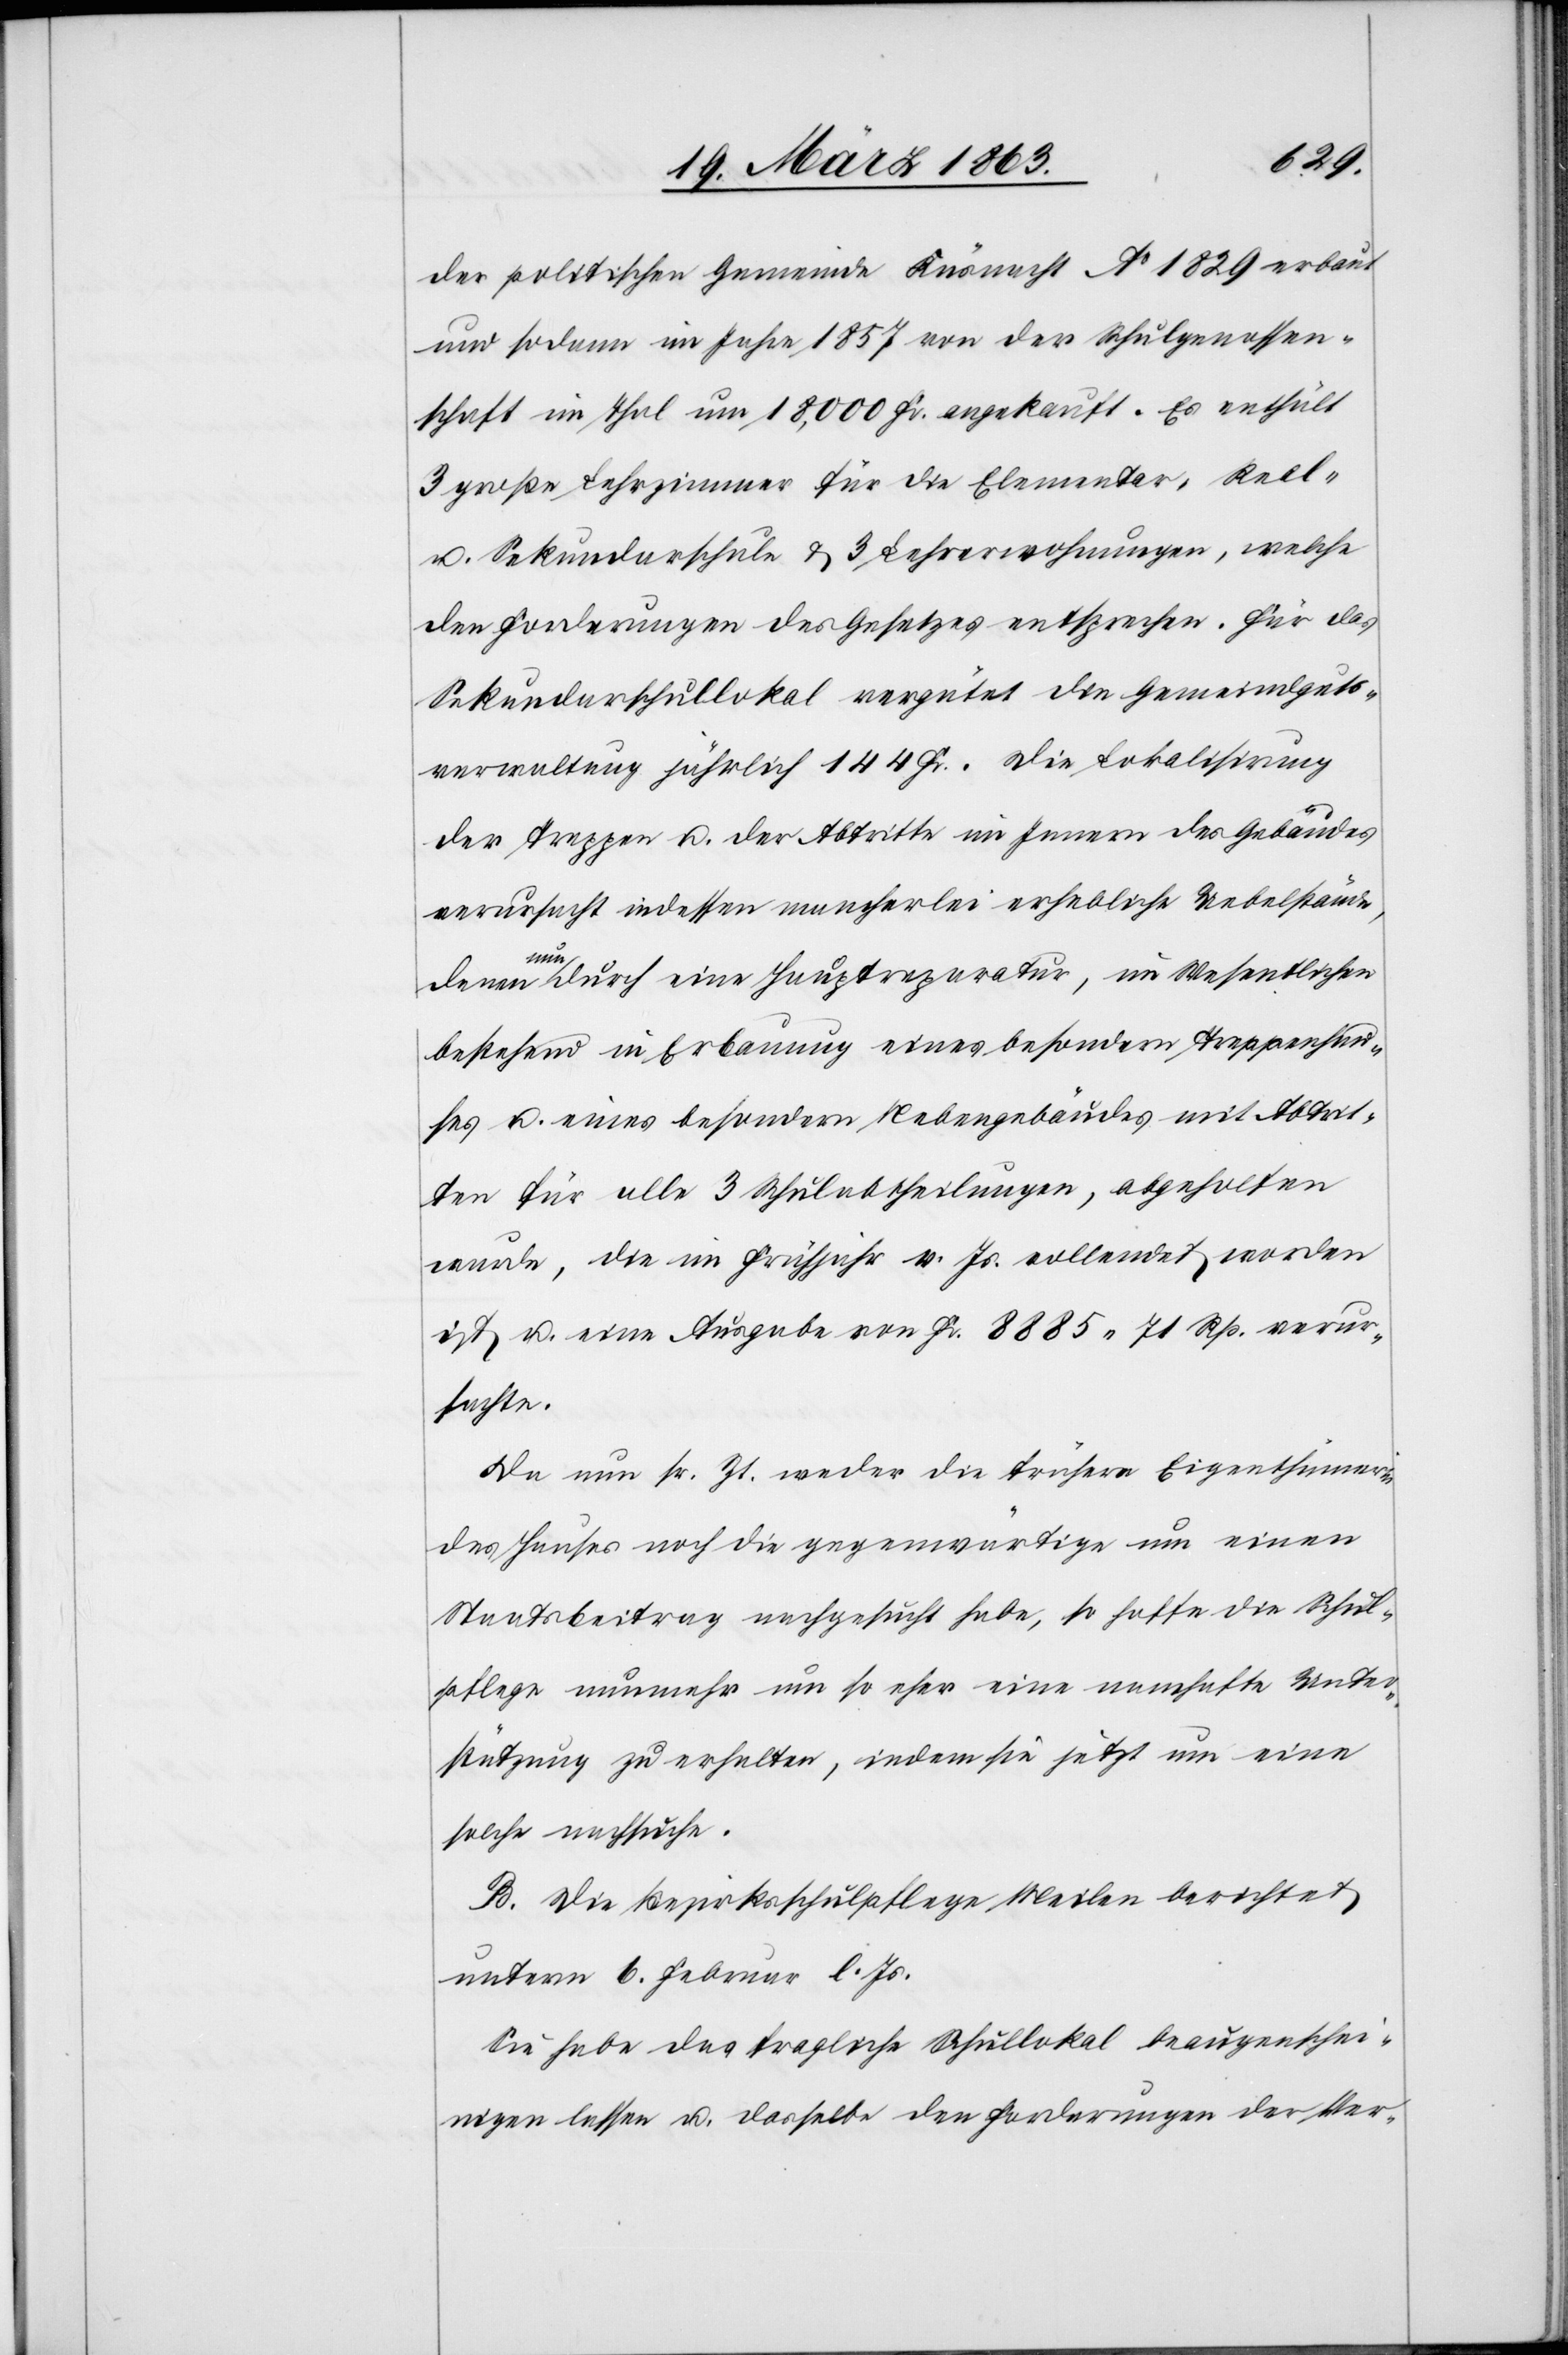
der politischen Gemeinde Küsnacht Ao 1829 erbaut
und sodann im Jahre 1857 von der Schulgenossen¬
schaft im Thal um 18,000 Fr. angekauft. Es enthält
3 große Lehrzimmer für die Elementar-[,] Real-
u. Sekundarschule & 3 Lehrerwohnungen, welche
den Forderungen des Gesetzes entsprechen. Für das
Sekundarschullokal vergütet die Gemeindguts¬
verwaltung jährlich 144 Fr. Die Lokalisirung
der Treppen u. der Abtritte im Innern des Gebäudes
verursacht indessen mancherlei erhebliche Uebelstände,
denen
nun durch eine Hauptreparatur, im Wesentlichen
bestehend in Erbauung eines besondern Treppenhau¬
ses u. eines besondern Nebengebäudes mit Abtrit¬
ten für alle 3 Schulabtheilungen, abgeholfen
wurde, die im Frühjahr v. Js. vollendet worden
ist u. eine Ausgabe von Fr. 8885. 71 Rp. verur¬
sachte.
Da nun sr. Zt. weder die frühere Eigenthümerin
des Hauses noch die gegenwärtige um einen
Staatsbeitrag nachgesucht habe, so hoffe die Schul¬
pflege nunmehr um so eher eine namhafte Unter¬
stützung zu erhalten, indem sie jetzt um eine
solche nachsuche.
B. Die Bezirksschulpflege Meilen berichtet
unterm 6. Februar l. Js.
Sie habe das fragliche Schullokal beaugenschei¬
nigen lassen u. dasselbe den Forderungen der Ver-